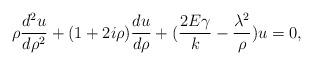
LaTeX: \begin{align*}\rho{{d^2u}\over d\rho^2}+(1+2i\rho){du\over d\rho} +({2E \gamma\over k}-{\lambda^2\over \rho})u=0,\end{align*}